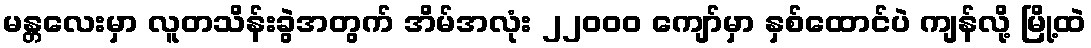
မန္တလေးမှာ လူတသိန်းခွဲအတွက် အိမ်အလုံး ၂၂၀၀၀ ကျော်မှာ နှစ်ထောင်ပဲ ကျန်လို့ မြို့ထဲ